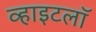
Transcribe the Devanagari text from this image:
व्हाइटलॉ